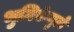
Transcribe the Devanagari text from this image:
भुमिकेमुळे